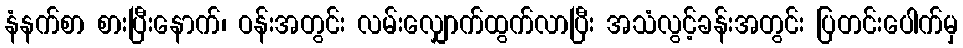
နံနက်စာ စားပြီးနောက်၊ ဝန်းအတွင်း လမ်းလျှောက်ထွက်လာပြီး အသံလွင့်ခန်းအတွင်း ပြတင်းပေါက်မှ